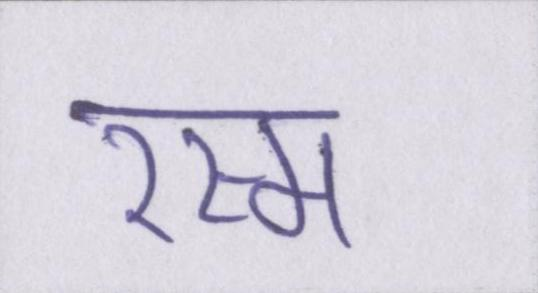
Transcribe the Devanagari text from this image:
रस्म